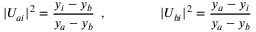
\vert U _ { a i } \vert ^ { 2 } = \frac { y _ { i } - y _ { b } } { y _ { a } - y _ { b } } \: \: , \qquad \qquad \vert U _ { b i } \vert ^ { 2 } = \frac { y _ { a } - y _ { i } } { y _ { a } - y _ { b } }